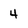
Character: 4